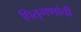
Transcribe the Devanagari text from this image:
पितृगणांची